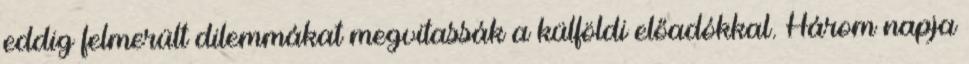
eddig felmerült dilemmákat megvitassák a külföldi előadókkal. Három napja